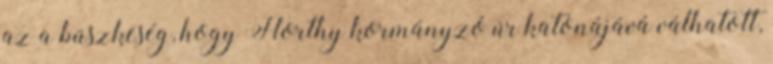
az a büszkeség, hogy Horthy kormányzó úr katonájává válhatott,